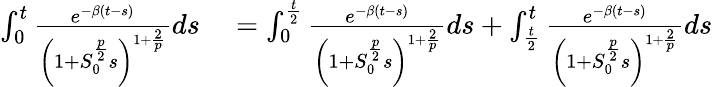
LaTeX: \begin{array}{rl}{\int_{0}^{t}\frac{e^{-\beta(t-s)}}{\left(1+S_{0}^{\frac{p}{2}}s\right)^{1+\frac{2}{p}}}ds}&{{}=\int_{0}^{\frac{t}{2}}\frac{e^{-\beta(t-s)}}{\left(1+S_{0}^{\frac{p}{2}}s\right)^{1+\frac{2}{p}}}ds+\int_{\frac{t}{2}}^{t}\frac{e^{-\beta(t-s)}}{\left(1+S_{0}^{\frac{p}{2}}s\right)^{1+\frac{2}{p}}}ds}\end{array}